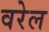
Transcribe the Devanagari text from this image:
वरेल